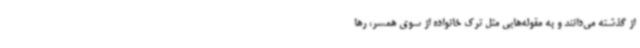
از گذشته می‌دانند و به مقوله‌هایی مثل ترک خانواده از سوی همسر، رها